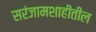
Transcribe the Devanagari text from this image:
सरंजामशाहीतील